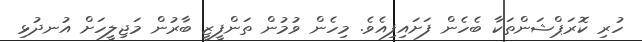
ހުރި ކޮރަޕްޝަންތަކާ ބެހެން ފަށައިފިއެވެ. މިހެން ވުމުން ތަންފީޒީ ބާރުން މަޖިލީހަށް އުނދުޅި